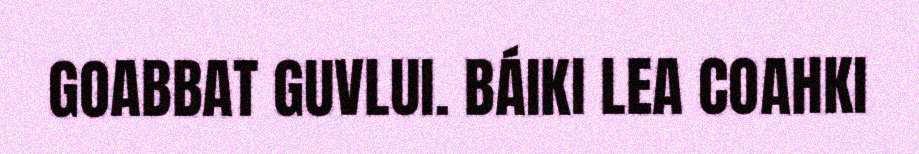
GOABBAT GUVLUI. BÁIKI LEA COAHKI